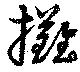
攤